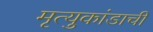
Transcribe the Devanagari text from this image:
मृत्युकांडाची